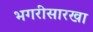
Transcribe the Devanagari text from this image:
भगरीसारखा